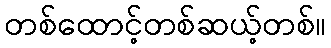
တစ်ထောင့်တစ်ဆယ့်တစ်။